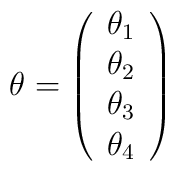
\theta =\left( \begin{array}{c}\theta _{1} \\ \theta _{2} \\ \theta _{3} \\ \theta _{4}\end{array}\right)